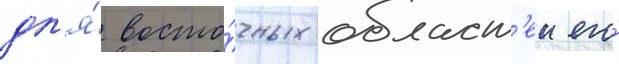
дл'я́ восто́чных област'еи его́